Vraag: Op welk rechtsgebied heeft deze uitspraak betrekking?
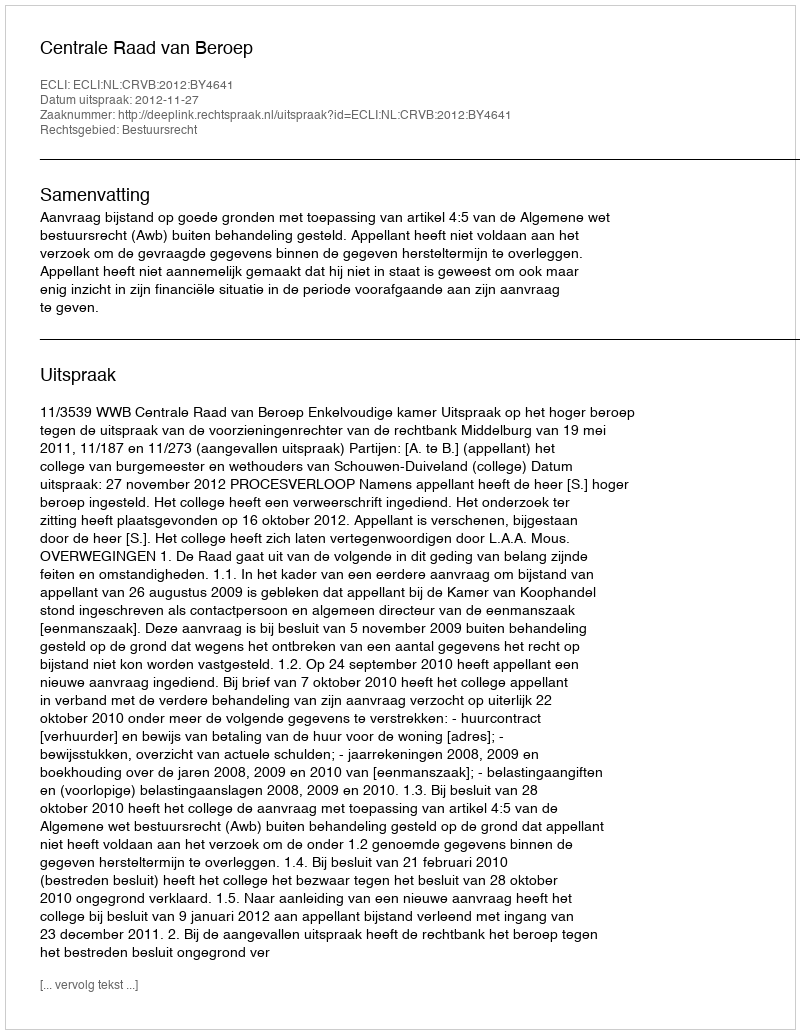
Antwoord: Bestuursrecht